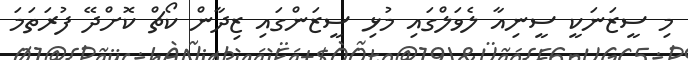
މި ސީޒަނަކީ ސީނިއާ ލެވަލްގައި މުޅި ސީޒަންގައި ޒިދާން ކޯޗް ކޮށްދޭ ފުރަތަމަ